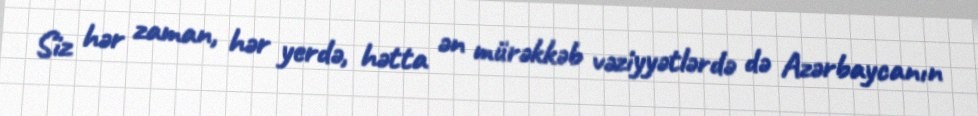
Siz hər zaman, hər yerdə, hətta ən mürəkkəb vəziyyətlərdə də Azərbaycanın